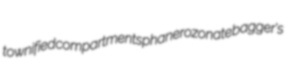
townified compartments phanerozonate bagger's